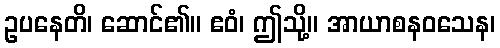
ဥပနေတိ၊ ဆောင်၏။ ဧဝံ၊ ဤသို့။ အာယာစနဝသေန၊